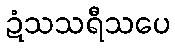
ဍံသသရီသပေ